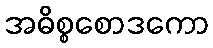
အဓိစ္စစောဒကော